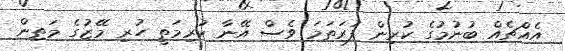
އެއްޗެއް ބުނުމުގެ ކުރިން ފުރަތަމަ ވެސް އޭނާ ކުރިމަތީ ހުރި މޭޒުގެ މަތިން